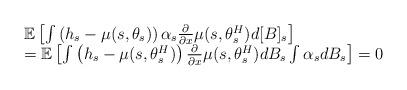
LaTeX: \begin{align*}\begin{array}{l}\mathbb{E}\left[\int \left(h_s - \mu(s, \theta_s) \right)\alpha_s \frac{\partial}{\partial x}\mu(s,\theta^H_s) d[B]_s \right] \\= \mathbb{E}\left[ \int \left(h_s - \mu(s,\theta^H_s) \right)\frac{\partial }{\partial x}\mu(s,\theta^H_s) dB_s \int \alpha_s dB_s\right] = 0\end{array}\end{align*}